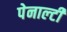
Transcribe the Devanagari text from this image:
पेनाल्‍टी